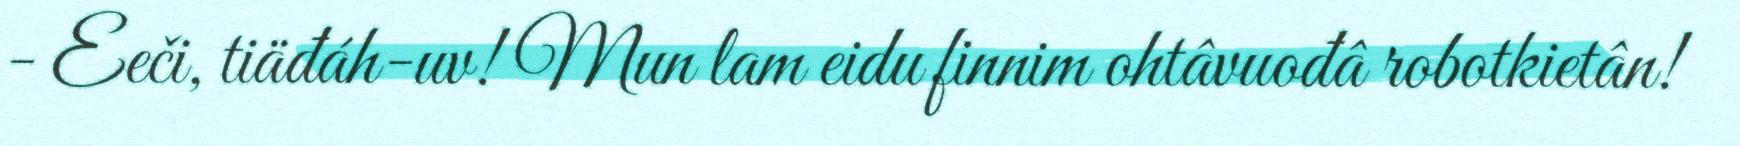
- Eeči, tiäđáh-uv! Mun lam eidu finnim ohtâvuođâ robotkietân!